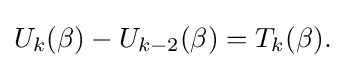
U_{k}(\beta )-U_{k-2}(\beta )=T_{k}(\beta ).\,\!